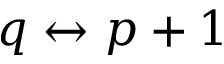
q \leftrightarrow p + 1